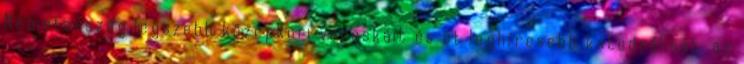
Németország legszebb középkori városkáit és öt leghíresebb katedrálisát. az